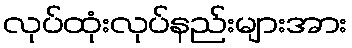
လုပ်ထုံးလုပ်နည်းများအား